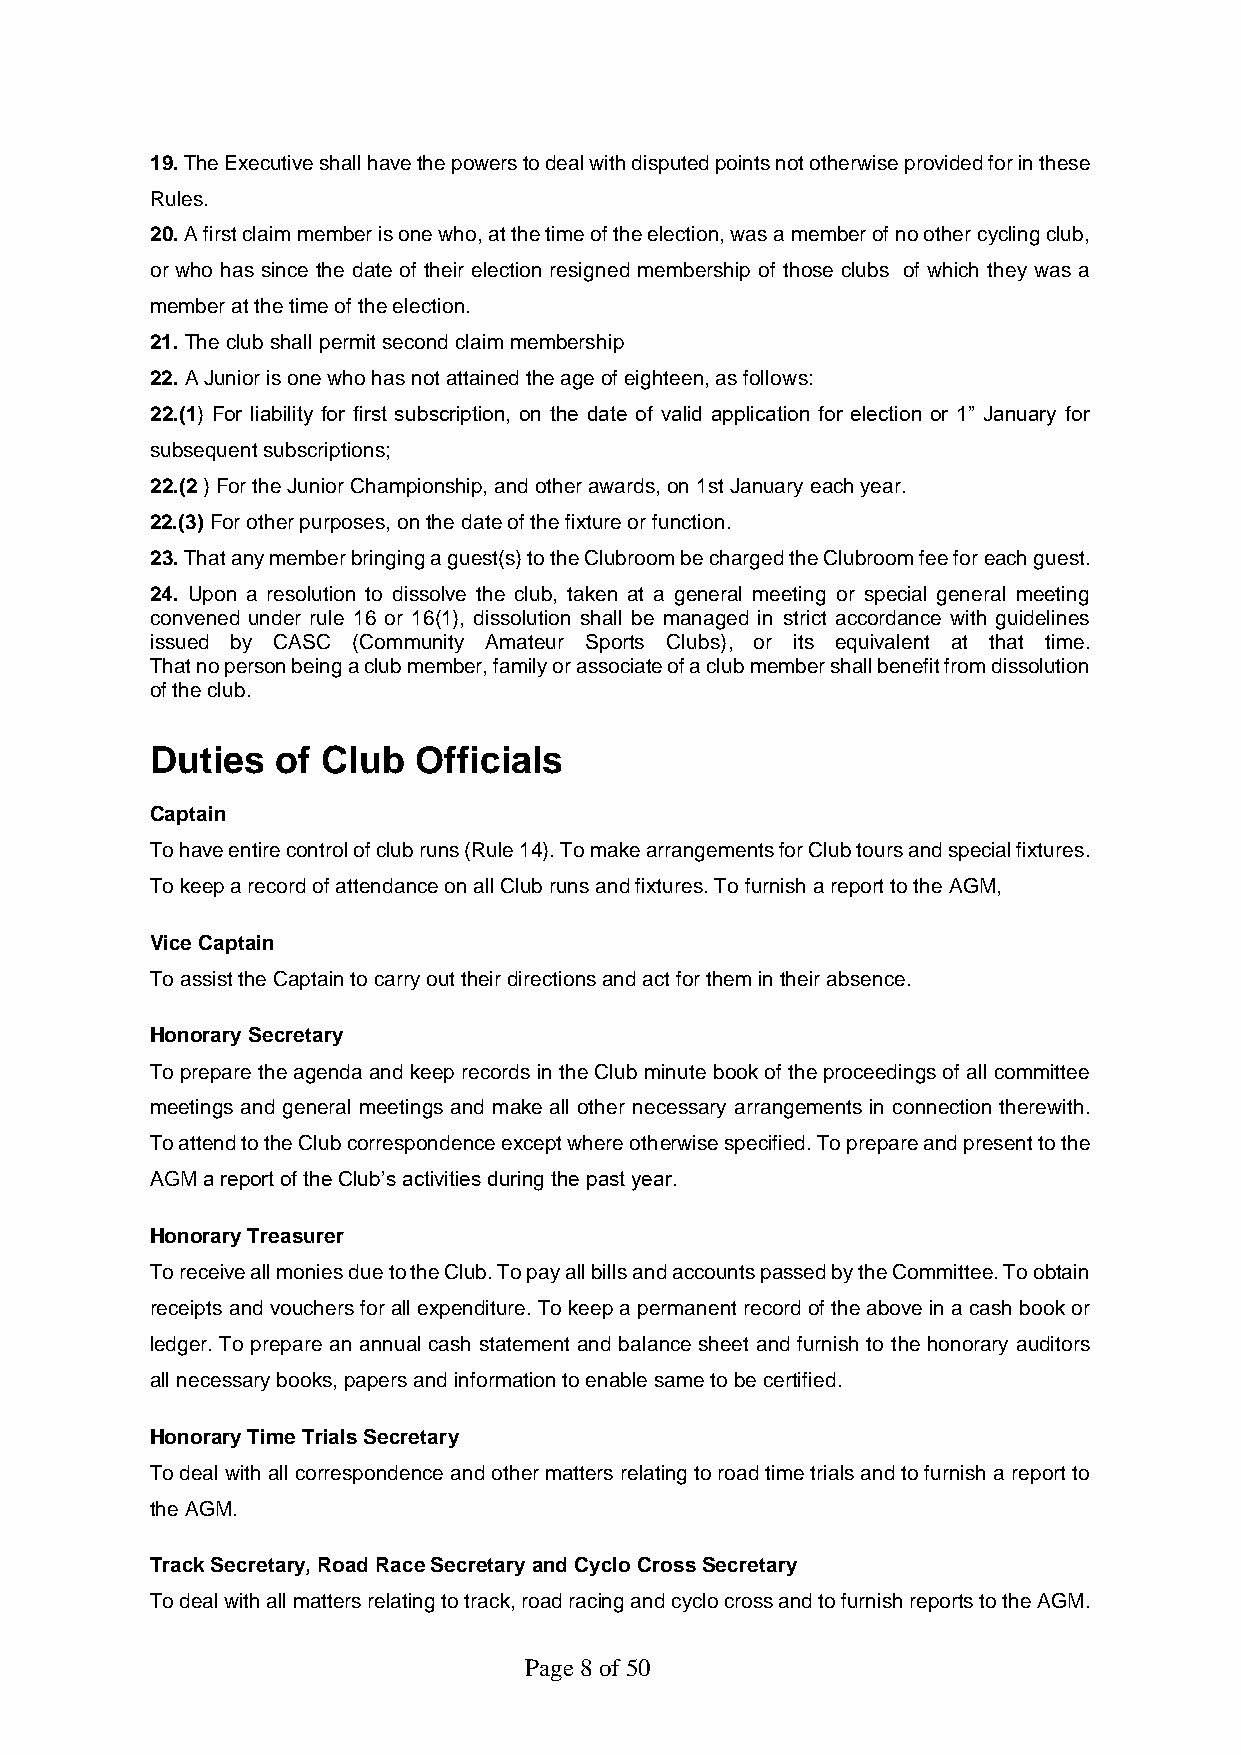
19. The Executive shall have the powers to deal with disputed points not otherwise provided for in these
 Rules.
 20. A first claim member is one who, at the time of the election, was a member of no other cycling club,
 or who has since the date of their election resigned membership of those clubs of which they was a
 member at the time of the election.
 21. The club shall permit second claim membership
 22. A Junior is one who has not attained the age of eighteen, as follows:
 22.(1) For liability for first subscription, on the date of valid application for election or 1” January for
 subsequent subscriptions;
 22.(2 ) For the Junior Championship, and other awards, on 1st January each year.
 22.(3) For other purposes, on the date of the fixture or function.
 23. That any member bringing a guest(s) to the Clubroom be charged the Clubroom fee for each guest.
 24. Upon a resolution to dissolve the club, taken at a general meeting or special general meeting
 convened under rule 16 or 16(1), dissolution shall be managed in strict accordance with guidelines
 issued by CASC (Community Amateur Sports Clubs), or its equivalent at that time.
 That no person being a club member, family or associate of a club member shall benefit from dissolution
 of the club.
 Duties  of Club  Officials
 Captain
 To have entire control of club runs (Rule 14). To make arrangements for Club tours and special fixtures.
 To keep a record of attendance on all Club runs and fixtures. To furnish a report to the AGM,
 Vice Captain
 To assist the Captain to carry out their directions and act for them in their absence.
 Honorary Secretary
 To prepare the agenda and keep records in the Club minute book of the proceedings of all committee
 meetings and general meetings and make all other necessary arrangements in connection therewith.
 To attend to the Club correspondence except where otherwise specified. To prepare and present to the
 AGM a report of the Club’s activities during the past year.
 Honorary Treasurer
 To receive all monies due to the Club. To pay all bills and accounts passed by the Committee. To obtain
 receipts and vouchers for all expenditure. To keep a permanent record of the above in a cash book or
 ledger. To prepare an annual cash statement and balance sheet and furnish to the honorary auditors
 all necessary books, papers and information to enable same to be certified.
 Honorary Time Trials Secretary
 To deal with all correspondence and other matters relating to road time trials and to furnish a report to
 the AGM.
 Track Secretary, Road Race Secretary and Cyclo Cross Secretary
 To deal with all matters relating to track, road racing and cyclo cross and to furnish reports to the AGM.
 Page 8 of 50